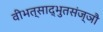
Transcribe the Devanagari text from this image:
वीभत्साद्भुतसंज्ञौ